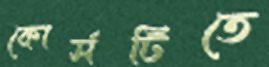
কোর্সটিতে